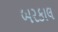
બરકાલ